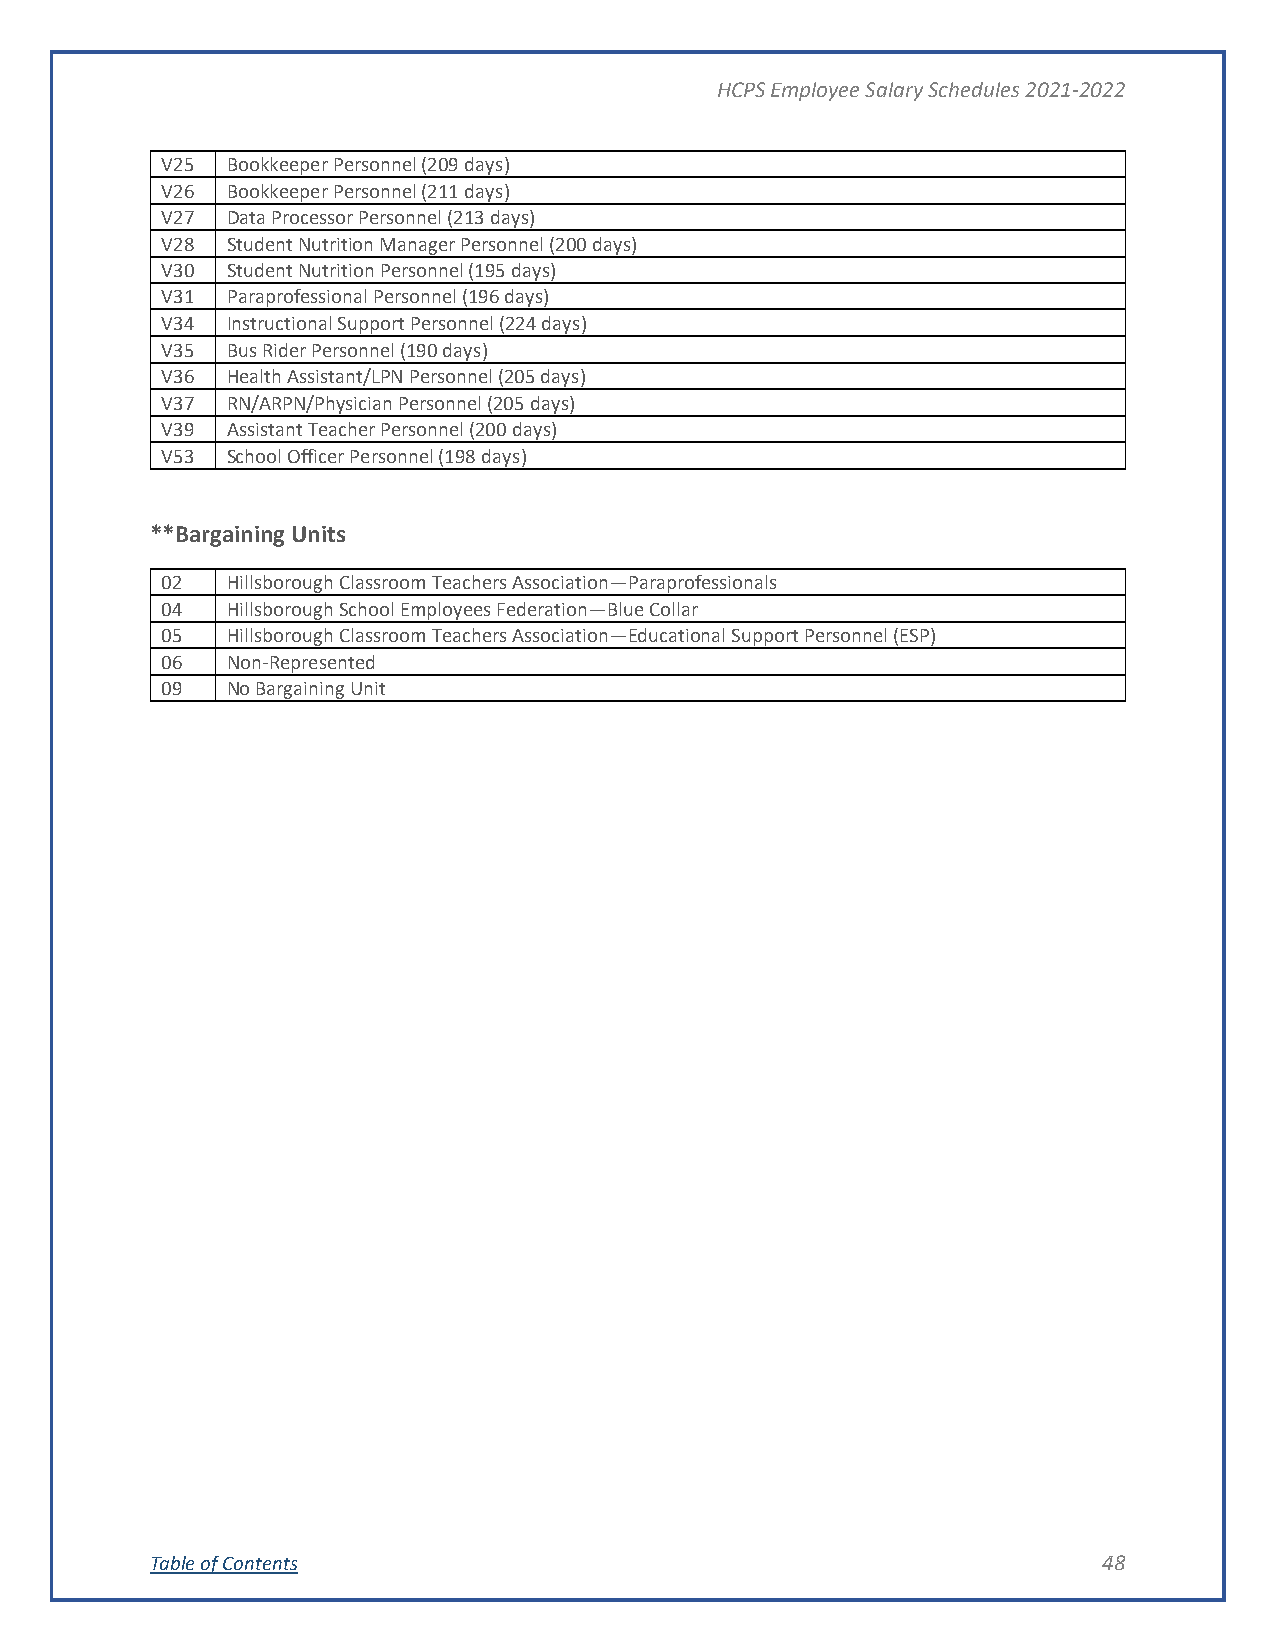
HCPS Employee Salary Schedules 2021-2022
 V25 Bookkeeper Personnel (209 days)
 V26 Bookkeeper Personnel (211 days)
 V27 Data Processor Personnel (213 days)
 V28 Student Nutrition Manager Personnel (200 days)
 V30 Student Nutrition Personnel (195 days)
 V31 Paraprofessional Personnel (196 days)
 V34 Instructional Support Personnel (224 days)
 V35 Bus Rider Personnel (190 days)
 V36 Health Assistant/LPN Personnel (205 days)
 V37 RN/ARPN/Physician Personnel (205 days)
 V39 Assistant Teacher Personnel (200 days)
 V53 School Officer Personnel (198 days)
 **Bargaining Units
 02  Hillsborough Classroom Teachers Association—Paraprofessionals
 04  Hillsborough School Employees Federation—Blue Collar
 05  Hillsborough Classroom Teachers Association—Educational Support Personnel (ESP)
 06  Non-Represented
 09  No Bargaining Unit
 Table of Contents                                              48